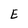
Character: E